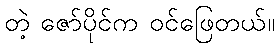
တဲ့ ဇော်ပိုင်က ဝင်ဖြေတယ်။